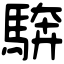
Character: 𩣺